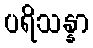
ပရိသန္နာ